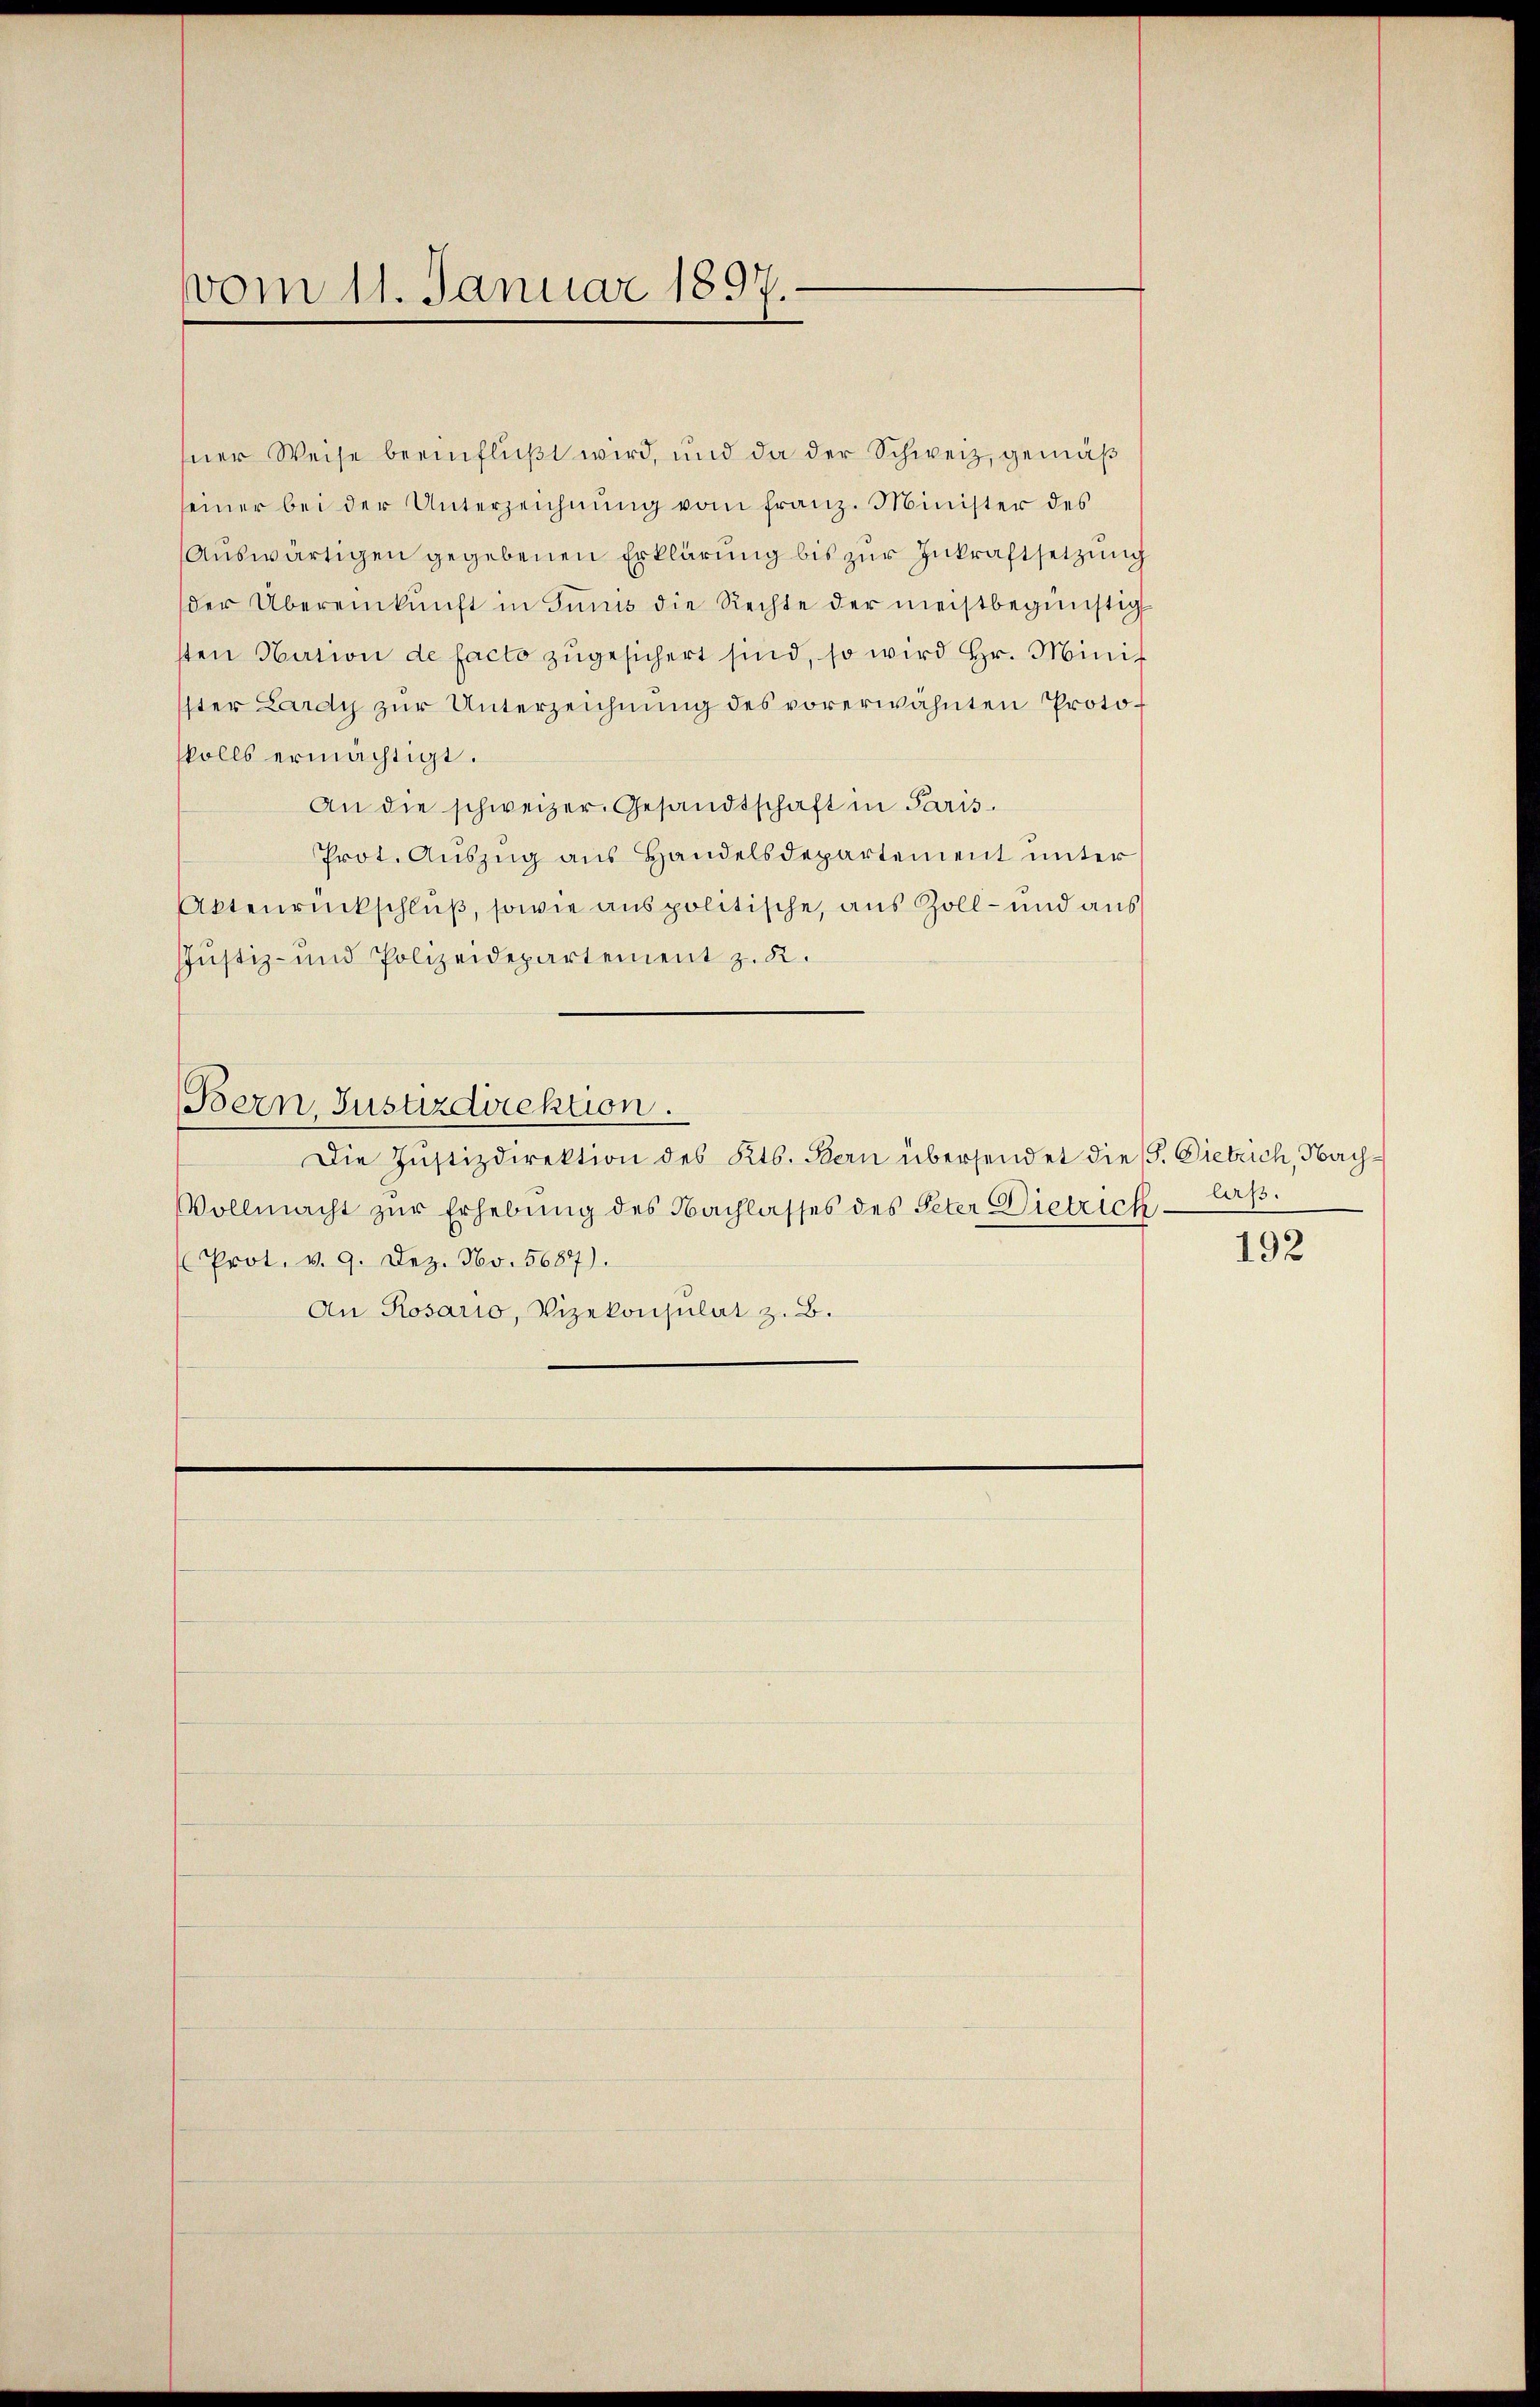
vom 11. Januar 1897

sner Weise beeinflußt wird, und da der Schweiz, gemäß
seiner bei der Unterzeichnŭng vom franz. Minister des
Auswärtigen gegebenen Erklärung bis zur Zukraftsetzung
der Übereinkunft in Junis die Rechte der meistbegünstig
sten Nation de facto zugesichert sind, so wird Hr. Minit
ster Lardy zŭr Unterzeichnŭng des vorerwähnten Protoskolls ermächtigt.
An die schweizer. Gesandtschaft in Paris
Prot. Auszug aus Handelsdepartement unter
Aktenrückschluß, sowie aus politische, aus Zoll- und aus
JJustiz- und Polizeidepartement z. K.
Bern, Justizdirektion.
Die Justizdirektion des Kts. Bern übersendet die (S. Dietrich, Nach¬
Vollmacht zur Erhebung des Nachlasses des Peter Dietrich¬
Prot. v. 9. Dez. No. 5687).
An Rosario, Vizekonsulat z. B.

luss.

192